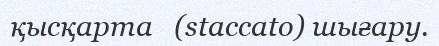
қысқарта   (staccato) шығару.